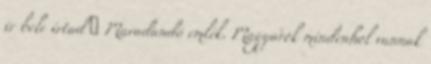
ir bele írtad ☺ Maradandó emlék. Magyarok mindenhol vannak